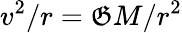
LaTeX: v^{2}/r=\mathfrak{G}M/r^{2}